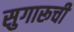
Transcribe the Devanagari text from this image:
सुगारूची